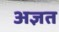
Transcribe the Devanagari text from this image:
अज्ञत